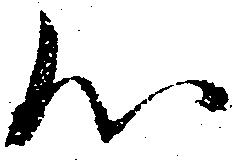
心